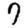
Digit: 7